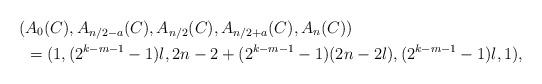
LaTeX: \begin{align*}(&A_0(C),A_{n/2-a}(C),A_{n/2}(C),A_{n/2+a}(C),A_n(C))\\&=(1,(2^{k-m-1}-1)l,2n-2+(2^{k-m-1}-1)(2n-2l),(2^{k-m-1}-1)l,1),\end{align*}